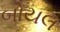
બોયલ